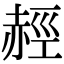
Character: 䞓